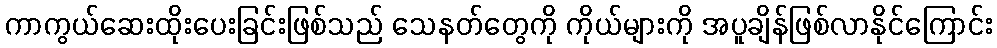
ကာကွယ်ဆေးထိုးပေးခြင်းဖြစ်သည် သေနတ်တွေကို ကိုယ်များကို အပူချိန်ဖြစ်လာနိုင်ကြောင်း